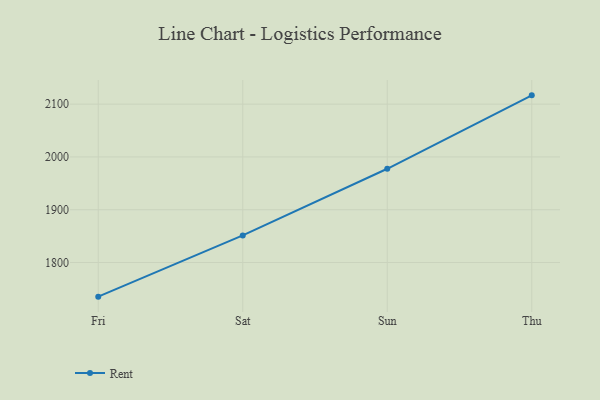
{"axis": {"x": "Day", "y": "Market Share (%)"}, "legend": ["Rent"], "data": [{"x": "Fri", "y": 1735.3, "type": "Rent"}, {"x": "Sat", "y": 1851.3, "type": "Rent"}, {"x": "Sun", "y": 1977.6, "type": "Rent"}, {"x": "Thu", "y": 2116.7, "type": "Rent"}]}